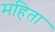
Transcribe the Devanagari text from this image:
महिता